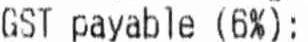
GST PAYABLE (6%):